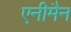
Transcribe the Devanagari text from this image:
एनीमैन